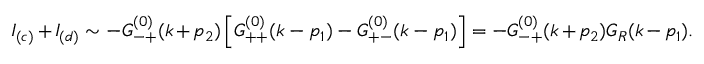
I _ { ( c ) } + I _ { ( d ) } \sim - G _ { - + } ^ { ( 0 ) } ( k + p _ { 2 } ) \left[ G _ { + + } ^ { ( 0 ) } ( k - p _ { 1 } ) - G _ { + - } ^ { ( 0 ) } ( k - p _ { 1 } ) \right] = - G _ { - + } ^ { ( 0 ) } ( k + p _ { 2 } ) G _ { R } ( k - p _ { 1 } ) .